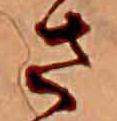
さ